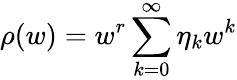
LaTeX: \rho(w)=w^{r}\sum_{k=0}^{\infty}\eta_{k}w^{k}